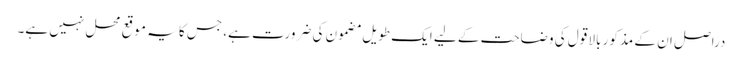
دراصل ان کے مذکور بالا قول کی وضاحت کے لیے ایک طویل مضمون کی ضرورت ہے، جس کا یہ موقع محل نہیں ہے۔